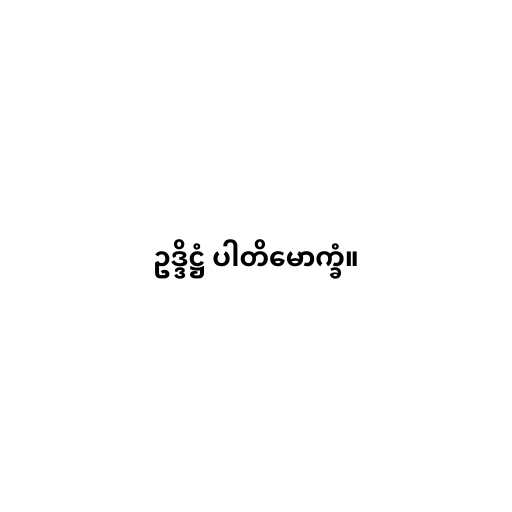
ဥဒ္ဒိဋ္ဌံ ပါတိမောက္ခံ။